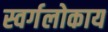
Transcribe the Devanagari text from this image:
स्वर्गलोकाय